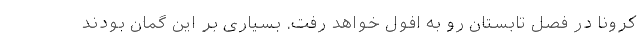
کرونا در فصل تابستان رو به افول خواهد رفت. بسیاری بر این گمان بودند